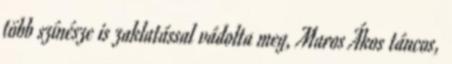
több színésze is zaklatással vádolta meg, Maros Ákos táncos,